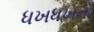
ધખધખતો